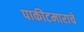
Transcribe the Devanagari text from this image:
पाकीटमाराचे